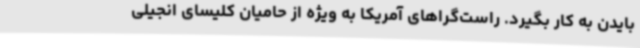
بایدن به کار بگیرد. راست‌گراهای آمریکا به ویژه از حامیان کلیسای انجیلی